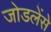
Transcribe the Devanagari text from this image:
जोडलेंसे